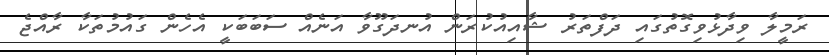
ރަމީލާ ވިދާޅުވިގޮތުގައި ދަފްތަރު ޝާއިއުކުރަން އުނދަގޫވާ އަނެއް ސަބަބަކީ އެހެން ގައުމުތަކާ ރާއްޖެ